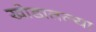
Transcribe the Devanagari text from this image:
खोडातल्या